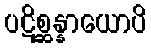
ပဋိစ္ဆန္နာယောပိ